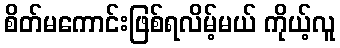
စိတ်မကောင်းဖြစ်ရလိမ့်မယ် ကိုယ့်လူ